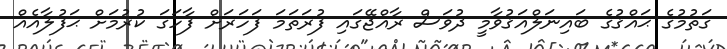
ގަތުމުގެ ޙައްޤުގެ ބައިނަލްއަޤުވާމީ ދުވަސް ރާއްޖޭގައި ފުރަތަމަ ފަހަރަށް ފާހަގަ ކުރުމަށް ޙަފުލާއެއް